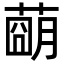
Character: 𦹩